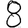
Digit: 8